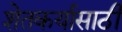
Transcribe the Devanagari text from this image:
शेतकर्यासाठी